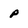
Character: p